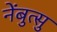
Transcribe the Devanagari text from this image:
नेंबुत्सु